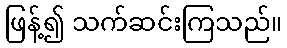
ဖြန့်၍ သက်ဆင်းကြသည်။